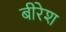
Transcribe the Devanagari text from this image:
बीरेश